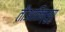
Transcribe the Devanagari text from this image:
तौआतिन्सुयु